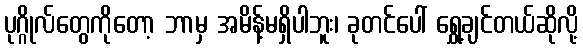
ပုဂ္ဂိုလ်တွေကိုတော့ ဘာမှ အမိန့်မရှိပါဘူး၊ ခုတင်ပေါ် ရွှေ့ချင်တယ်ဆိုလို့